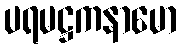
ပရမဋ္ဌကနာမော